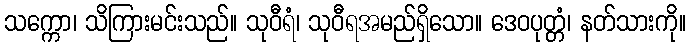
သက္ကော၊ သိကြားမင်းသည်။ သုဝီရံ၊ သုဝီရအမည်ရှိသော။ ဒေဝပုတ္တံ၊ နတ်သားကို။